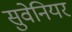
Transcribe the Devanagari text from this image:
सुवेनियर